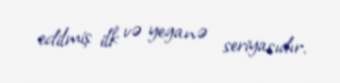
edilmiş ilk və yeganə seriyasıdır.